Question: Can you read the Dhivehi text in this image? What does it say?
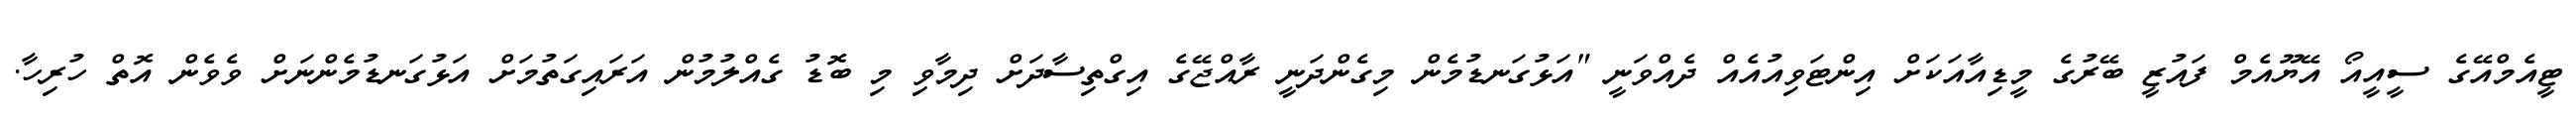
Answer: ޓީއެމްއޭގެ ސީއީއޯ އޭޔޫއެމް ފައުޒީ ބޭރުގެ މީޑިއާއަކަށް އިންޓަވިއުއެއް ދެއްވަނީ "އަޅުގަނޑުމެން މިގެންދަނީ ރާއްޖޭގެ އިގްތިސާދަށް ދިމާވި މި ބޮޑު ގެއްލުމުން އަރައިގަތުމަށް އަޅުގަނޑުމެންނަށް ވެވެން އޮތް ހުރިހާ.